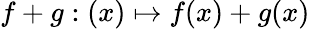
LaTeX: f+g:(x)\mapsto f(x)+g(x)